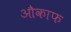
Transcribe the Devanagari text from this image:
औकाफ